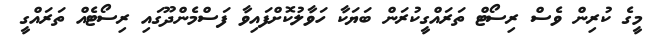
މީގެ ކުރިން ވެސް ރިސޯޓް ތަރައްގީކުރަން ބަޔަކާ ހަވާލުކޮށްފައިވާ ފަސްމެންދޫގައި ރިސޯޓެއް ތަރައްގީ